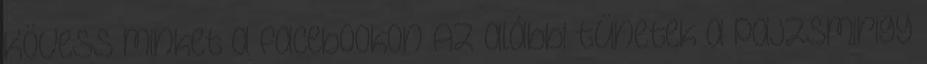
Kövess minket a facebookon Az alábbi tünetek a pajzsmirigy